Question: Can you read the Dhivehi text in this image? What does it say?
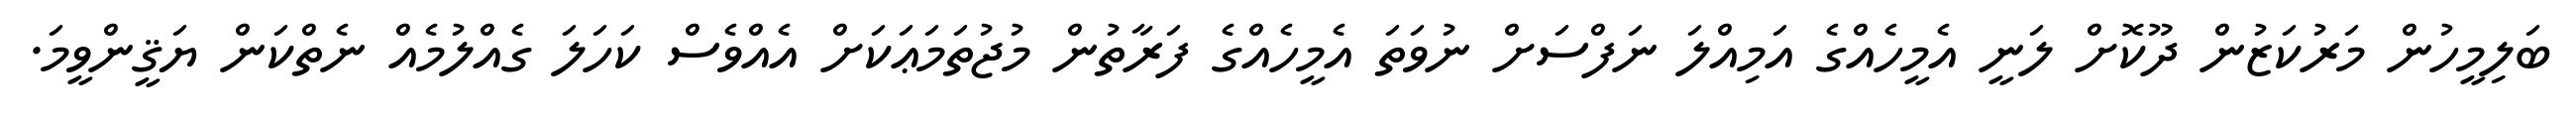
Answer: ބަލިމީހުން މަރުކަޒުން ދޫކޮށް ލަނީ އެމީހެއްގެ އަމިއްލަ ނަފްސަށް ނުވަތަ އެމީހެއްގެ ފަރާތުން މުޖުތަމަޢަކަށް އެއްވެސް ކަހަލަ ގެއްލުމެއް ނެތްކަން ޔަޤީންވީމަ.